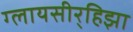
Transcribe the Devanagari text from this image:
ग्लायसीर्‍हिझा